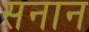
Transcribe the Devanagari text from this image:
सनान